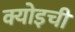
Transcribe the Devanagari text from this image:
क्योइची